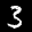
Label: 3